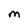
Character: M